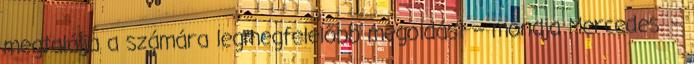
megtalálja a számára legmegfelelőbb megoldást – mondja Mercedes. –